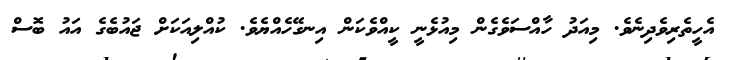
އެހީތެރިވެދިނެވެ. މިއަދު ހާއްސަވެގެން މިއުޅެނީ ކީއްވެކަން އިނގޭހެއްޔެވެ. ކުއްލިއަކަށް ޖައުބެގެ އައު ބޮސް